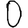
Digit: 0